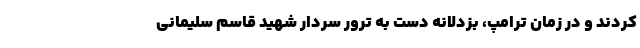
کردند و در زمان ترامپ، بزدلانه دست به ترور سردار شهید قاسم سلیمانی